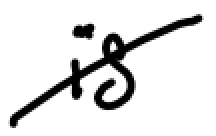
Text: is
Cross-out: diagonal
Writing tool: digital_black